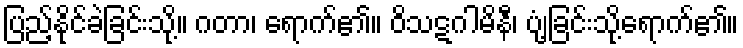
ပြည့်နိုင်ခဲခြင်းသို့။ ဂတာ၊ ရောက်၏။ ဝိသဋဂါမိနီ၊ ပျံ့ခြင်းသို့ရောက်၏။